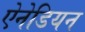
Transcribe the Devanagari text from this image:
ऐनेडियन